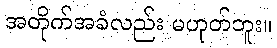
အတိုက်အခံလည်း မဟုတ်ဘူး။